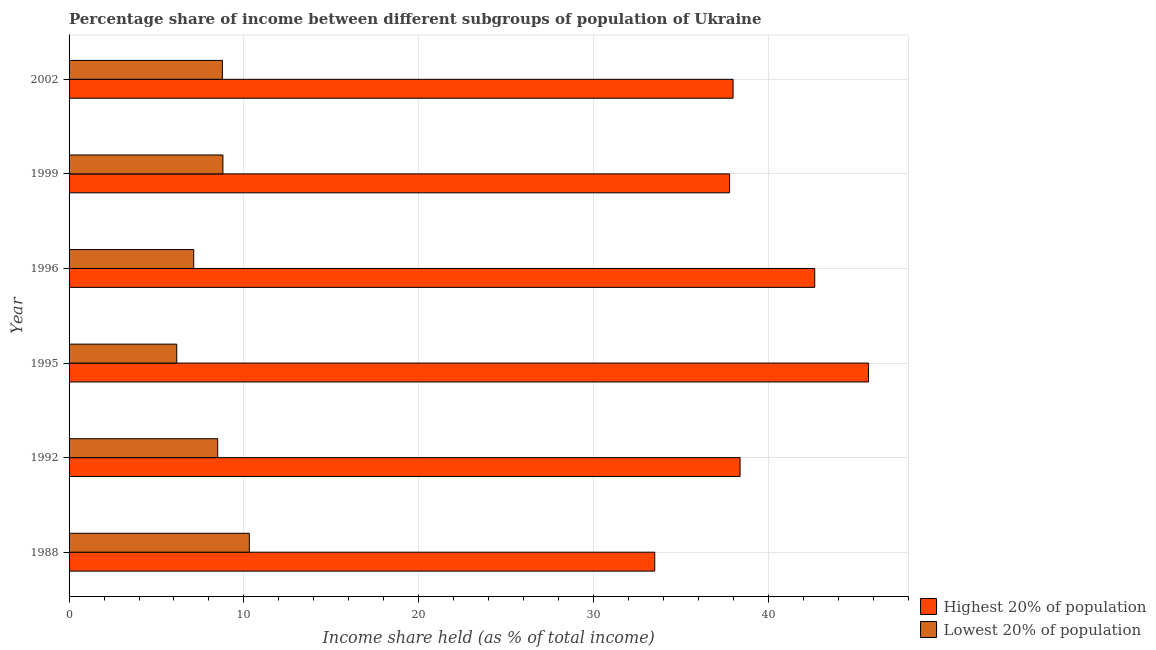
| Year | Highest 20% of population | Lowest 20% of population |
 | --- | --- | --- |
 | 1988 | 33.5 | 10.3 |
 | 1992 | 38.4 | 8.5 |
 | 1995 | 45.7 | 6.16 |
 | 1996 | 42.6 | 7.13 |
 | 1999 | 37.8 | 8.8 |
 | 2002 | 38 | 8.77 |